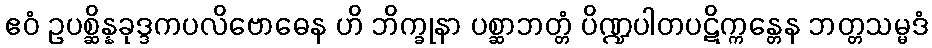
ဧဝံ ဥပစ္ဆိန္နခုဒ္ဒကပလိဗောဓေန ဟိ ဘိက္ခုနာ ပစ္ဆာဘတ္တံ ပိဏ္ဍပါတပဋိက္ကန္တေန ဘတ္တသမ္မဒံ